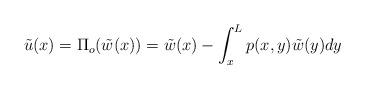
LaTeX: \begin{align*}\tilde{u}(x)=\Pi_o(\tilde{w}(x))=\tilde{w}(x)-\int_x^L p(x,y)\tilde{w}(y)dy\end{align*}